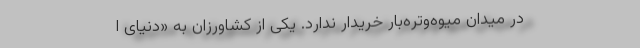
در میدان میوه‌وتره‌بار خریدار ندارد. یکی از کشاورزان به «دنیای‌ ا